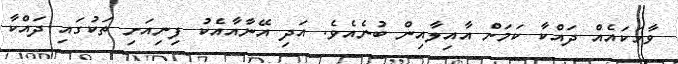
ވާހަކައެއް ދައްކާ ކަމަށް އާއިލާއިން ބުނެއެވެ. އަދި އޭނާއާއެކު ފިނިއަށި ތަކުގައި ދައްކާ